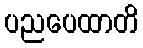
ပညပေထာတိ